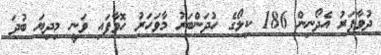
ދުވާފަރު އެދޯނިން 186 ކިލޯގެ ހުދަންބަރު މާވަހަރު ހޮވާފައި ވަނީ މިދިޔަ ބުދަ